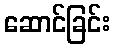
ဆောင်ခြင်း